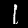
Label: 1